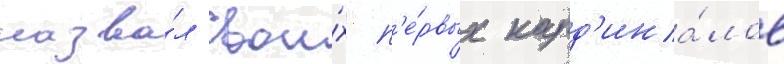
назва́л свои́х п'е́рвых кард'ина́лов